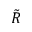
\tilde { R }